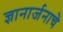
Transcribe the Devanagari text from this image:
ज्ञानार्जनाचे